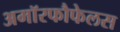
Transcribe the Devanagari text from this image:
अमॉरफौफेलस